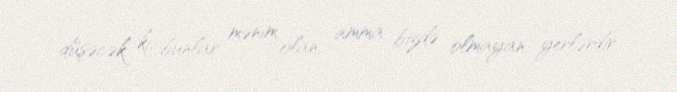
düşəcək ki, bunlar mənim olan, amma bizdə olmayan yerlərdir.